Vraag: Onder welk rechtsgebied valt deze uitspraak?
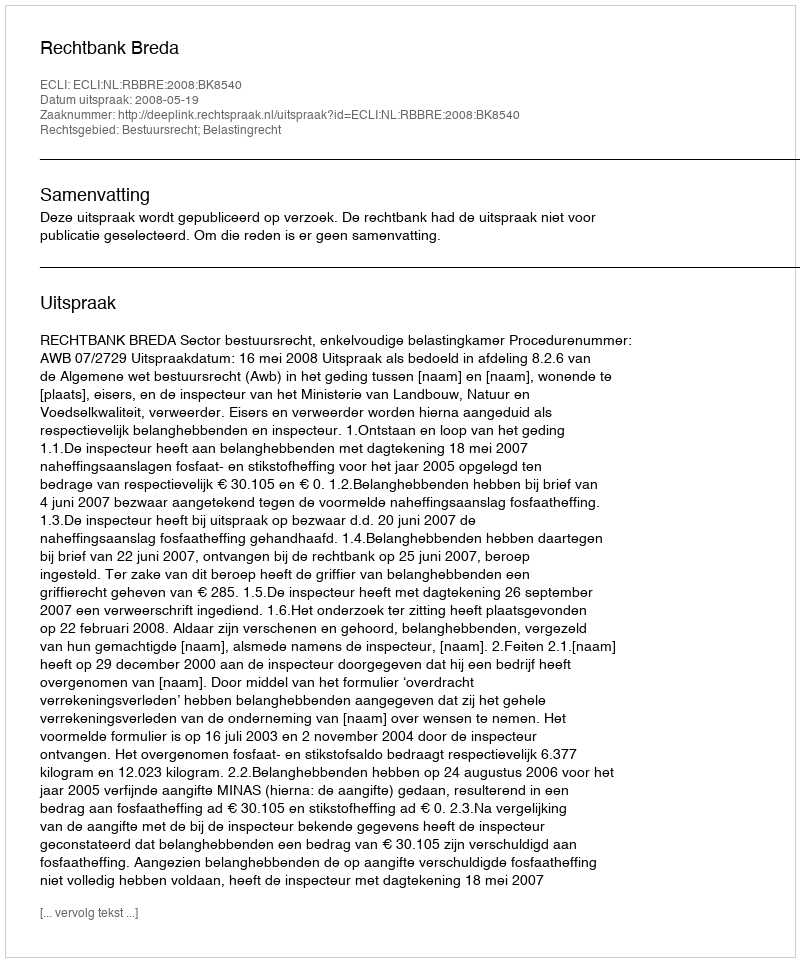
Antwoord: Bestuursrecht; Belastingrecht